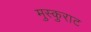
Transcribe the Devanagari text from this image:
मुस्कुराट